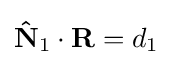
\mathbf {\hat {N}} _{1}\cdot \mathbf {R} =d_{1}